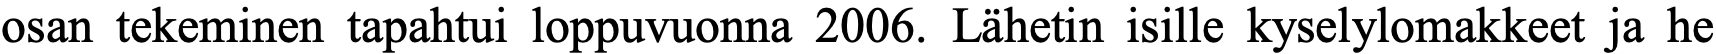
osan tekeminen tapahtui loppuvuonna 2006. Lähetin isille kyselylomakkeet ja he